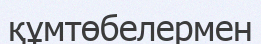
құмтөбелермен